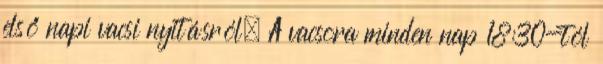
első napi vacsi nyitásról. A vacsora minden nap 18:30-tól